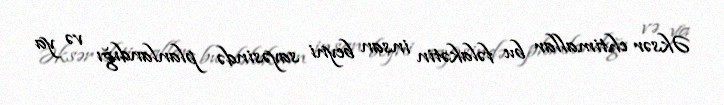
Əksər ehtimallar bu fəlakətin insan beyni sayəsində planlandığı və ya